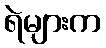
ရဲများက